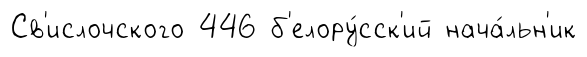
Св'ислочского 446 б'елору́сск'ий нача́льн'ик